Lunatic asylums Central Provinces reports 1895-1909 - 1895-1909
Year: 1895
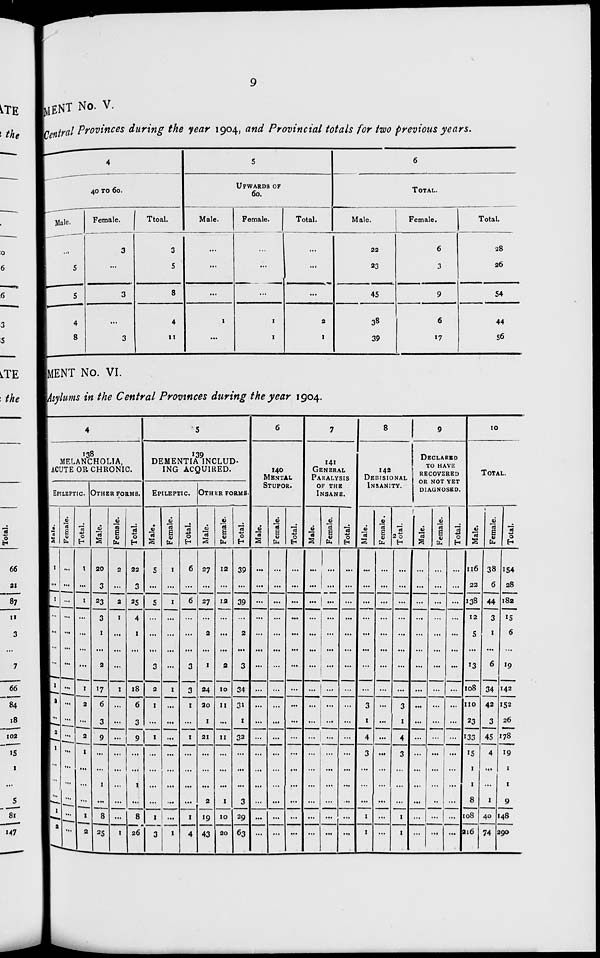
9
MENT No. V.
Central Provinces during the year 1904, and Provincial totals for two previous years.
4
40 TO 60.
Male.
...
5
5
4
8
Female.
3
...
3
...
3
Total.
3
5
8
4
11
5
UPWARDS OF
60.
Male.
...
...
...
1
...
Female.
...
...
...
1
1
Total.
...
...
...
2
1
6
TOTAL.
Male.
22
23
45
38
39
Female.
6
3
9
6
17
Total.
28
26
54
44
56
MENT No. VI.
Asylums in the Central Provinces during the year 1904.
4
138
MELANCHOLIA,
ACUTE OR CHRONIC.
EPILEPTIC.
Male.
1
...
1
...
...
...
...
1
2
...
2
1
...
...
1
2
Female.
...
...
...
...
...
...
...
...
...
...
...
...
...
...
...
...
...
Total.
1
...
1
...
...
...
...
1
2
...
2
1
...
...
...
1
2
OTHER FORMS.
Male.
20
3
23
3
1
...
2
17
6
3
9
...
...
1
...
8
25
Female.
2
...
2
1
...
...
...
1
...
...
...
...
...
...
...
1
Total.
22
3
25
4
1
...
2
18
6
3
9
...
...
1
...
8
26
5
139
DEMENTIA INCLUD¬
ING ACQUIRED.
EPILEPTIC.
Male.
5
...
5
...
...
...
3
2
1
...
1
...
...
...
...
1
3
Female.
1
...
1
...
...
...
...
1
...
...
...
...
...
...
...
...
1
Total.
6
...
6
...
...
...
3
3
1
...
1
...
...
...
...
1
4
OTHER FORMS.
Male.
27
...
27
...
2
...
1
24
20
1
21
...
...
...
2
19
43
Female.
12
...
12
...
...
...
2
10
11
...
11
...
...
...
1
10
20
Total.
39
...
39
...
2
...
3
34
31
1
32
...
...
...
3
29
63
6
140
MENTAL
STUPOR.
Male.
...
...
...
...
...
...
...
...
...
...
...
...
...
...
...
...
...
Female.
...
...
...
...
...
...
...
...
...
...
...
...
...
...
...
...
...
Total.
...
...
...
...
...
...
...
...
...
...
...
...
...
...
...
...
...
7
141
GENERAL
PARALYSIS
OF THE
INSANE.
Male.
...
...
...
...
...
...
...
...
...
...
...
...
...
...
...
...
...
Female.
...
...
...
...
...
...
...
...
...
...
...
...
...
...
...
...
Total.
...
...
...
...
...
...
...
...
...
...
...
...
...
...
...
...
...
8
142
DEBISIONAL
INSANITY.
Male.
...
...
...
...
...
...
...
...
3
1
4
3
...
...
...
1
1
Female.
...
...
...
...
...
...
...
...
...
...
...
...
...
...
...
...
...
Total.
...
...
...
...
...
...
...
...
3
1
4
3
...
...
...
1
1
9
DECLARED
TO HAVE
RECOVERED
OR NOT YET
DIAGNOSED.
Male.
...
...
...
...
...
...
...
...
...
...
...
...
...
...
...
...
...
Female.
...
...
...
...
...
...
...
...
...
...
...
...
...
...
...
...
...
Total.
...
...
...
...
...
...
...
...
...
...
...
...
...
...
...
...
10
TOTAL.
Male.
116
22
138
12
5
...
13
108
110
23
133
15
1
1
8
108
216
Female.
38
6
44
3
1
...
6
34
42
3
45
4
...
...
1
40
74
Total.
154
28
182
15
6
...
19
142
152
26
178
19
1
1
9
148
290